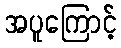
အပူကြောင့်